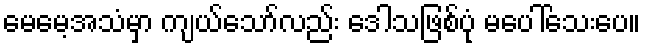
မေမေ့အသံမှာ ကျယ်သော်လည်း ဒေါသဖြစ်ပုံ မပေါ်သေးပေ။